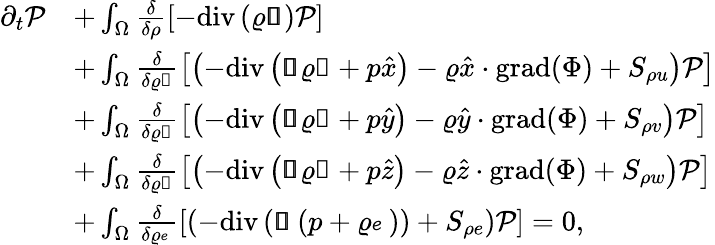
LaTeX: \begin{array}{rl}{\partial_{t}\mathcal{P}}&{+\int_{\Omega}\frac{\delta}{\delta\rho}\left[-\mathrm{div}\left(\varrho\pmb{\mathscr{u}}\right)\mathcal{P}\right]}\\ &{+\int_{\Omega}\frac{\delta}{\delta\varrho\mathscr{u}}\left[\left(-\mathrm{div}\left(\pmb{\mathscr{u}}\varrho\mathscr{u}+p\hat{x}\right)-\varrho\hat{x}\cdot\mathrm{grad}(\Phi)+S_{\rho u}\right)\mathcal{P}\right]}\\ &{+\int_{\Omega}\frac{\delta}{\delta\varrho\mathscr{v}}\left[\left(-\mathrm{div}\left(\pmb{\mathscr{u}}\varrho\mathscr{v}+p\hat{y}\right)-\varrho\hat{y}\cdot\mathrm{grad}(\Phi)+S_{\rho v}\right)\mathcal{P}\right]}\\ &{+\int_{\Omega}\frac{\delta}{\delta\varrho\mathscr{w}}\left[\left(-\mathrm{div}\left(\pmb{\mathscr{u}}\varrho\mathscr{w}+p\hat{z}\right)-\varrho\hat{z}\cdot\mathrm{grad}(\Phi)+S_{\rho w}\right)\mathcal{P}\right]}\\ &{+\int_{\Omega}\frac{\delta}{\delta\varrho\mathscr{e}}\left[\left(-\mathrm{div}\left(\pmb{\mathscr{u}}\left(p+\varrho\mathscr{e}\right)\right)+S_{\rho e}\right)\mathcal{P}\right]=0,}\end{array}